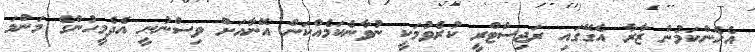
އެހެންކަމުން ޒާރާ އެގޭގައި ރަޖިސްޓްރީ ކުރެވުމަކީ ނުވާނެކަމެއްކަން އޭނާއަށް ވިސްނުނީ އެދެމީހުންގެ މަންމަ